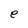
Character: e